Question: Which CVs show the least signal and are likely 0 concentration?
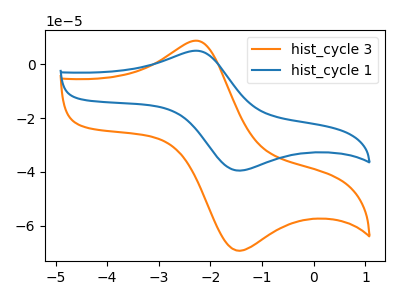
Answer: <think>The orange curve "hist_cycle 3" has an anodic peak at (-2.25V, 8.60uA) and a cathodic peak at (-1.45V, -69.25uA). The blue curve "hist_cycle 1" has an anodic peak at (-2.25V, 4.90uA) and a cathodic peak at (-1.45V, -39.50uA).</think>
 <answer>There are not any CV's on this graph that are likely to be blanks.</answer>
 <eval>none</eval>